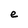
Character: e